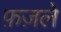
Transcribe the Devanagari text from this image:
फ़ज़ले